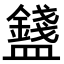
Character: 𥃒